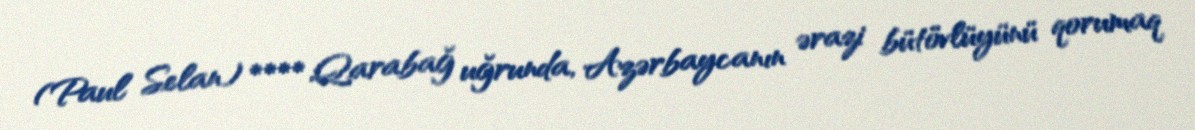
(Paul Selan) **** Qarabağ uğrunda, Azərbaycanın ərazi bütövlüyünü qorumaq